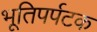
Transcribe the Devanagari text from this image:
भूतिपर्पटक